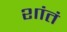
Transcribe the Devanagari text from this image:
शांतं